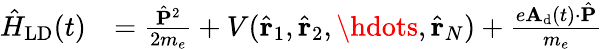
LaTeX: \begin{array}{rl}{\hat{H}_{\textrm{LD}}(t)}&{=\frac{\hat{\mathbf{P}}^{2}}{2m_{e}}+V(\hat{\mathbf{r}}_{1},\hat{\mathbf{r}}_{2},\hdots,\hat{\mathbf{r}}_{N})+\frac{e\mathbf{A}_{\textrm{d}}(t)\cdot\hat{\mathbf{P}}}{m_{e}}}\end{array}